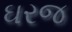
ઘરજ